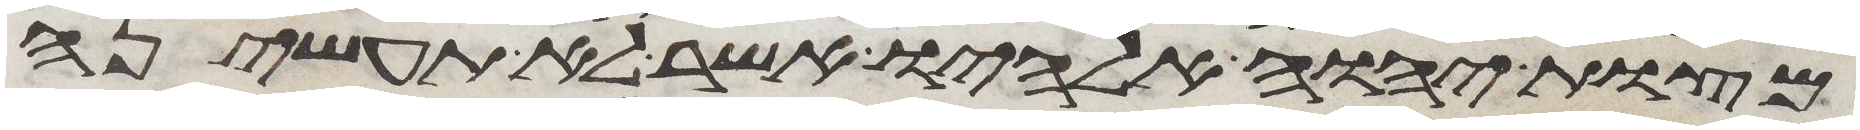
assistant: מצות יהוה אלהיו אשר לא תעשיהן